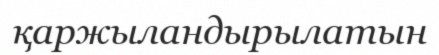
қаржыландырылатын